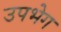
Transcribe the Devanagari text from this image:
उपभेग